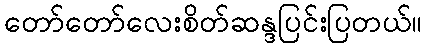
တော်တော်လေးစိတ်ဆန္ဒပြင်းပြတယ်။